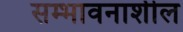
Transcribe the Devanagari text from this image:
सम्भावनाशील